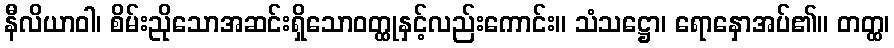
နီလိယာဝါ၊ စိမ်းညိုသောအဆင်းရှိသောဝတ္ထုနှင့်လည်းကောင်း။ သံသဋ္ဌော၊ ရောနှောအပ်၏။ တတ္ထ၊